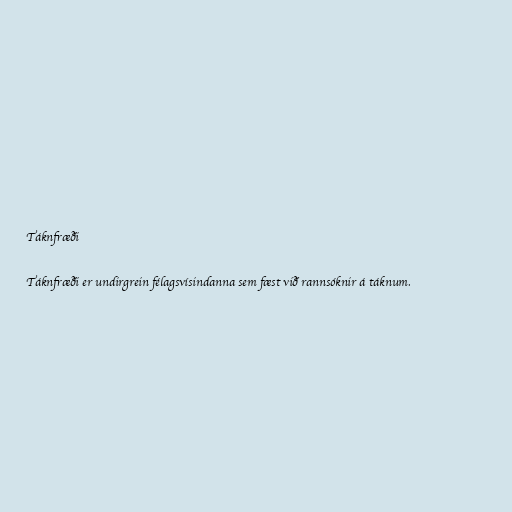
Táknfræði

Táknfræði er undirgrein félagsvísindanna sem fæst við rannsóknir á táknum.